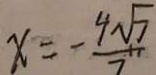
x = - \frac { 4 \sqrt { 7 } } { 7 }